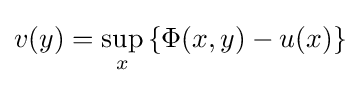
v(y)=\sup _{x}\left\{\Phi (x,y)-u(x)\right\}